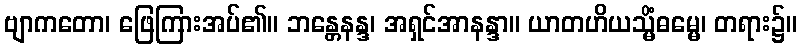
ဗျာကတော၊ ဖြေကြားအပ်၏။ ဘန္တေနန္ဒ၊ အရှင်အာနန္ဒာ။ ယာတဟိယသ္မိံဓမ္မေ၊ တရား၌။